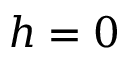
h = 0